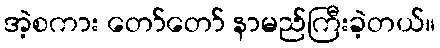
အဲ့စကား တော်တော် နာမည်ကြီးခဲ့တယ်။